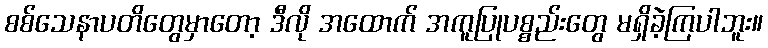
စစ်သေနာပတိတွေမှာတော့ ဒီလို အထောက် အကူပြုပစ္စည်းတွေ မရှိခဲ့ကြပါဘူး။